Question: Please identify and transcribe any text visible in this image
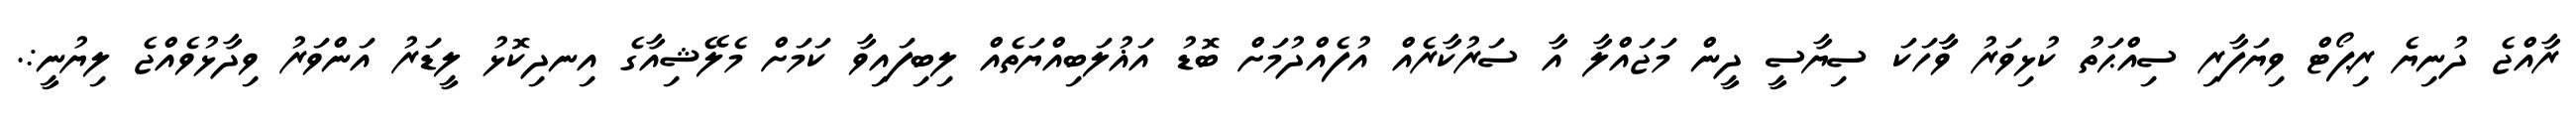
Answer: ރާއްޖެ ދުނިޔެ ރިޕޯޓް ވިޔަފާރި ސިއްޙަތު ކުޅިވަރު ވާާހަކަ ސިޔާސީ ދީން މަޖައްލާ އާ ސަރުކާރެއް އުފެއްދުމަށް ބޮޑު އަޣުލަބިއްޔަތެއް ލިބިފައިވާ ކަމަށް މެލޭޝިއާގެ އިނދިކޮޅު ލީޑަރު އަންވަރު ވިދާޅުވެއްޖެ ލިޔުނީ:.